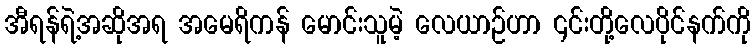
အီရန်ရဲ့အဆိုအရ အမေရိကန် မောင်းသူမဲ့ လေယာဉ်ဟာ ၎င်းတို့လေပိုင်နက်ကို